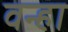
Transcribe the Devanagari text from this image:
वन्हा